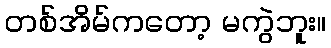
တစ်အိမ်ကတော့ မကွဲဘူး။